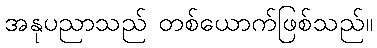
အနုပညာသည် တစ်ယောက်ဖြစ်သည်။